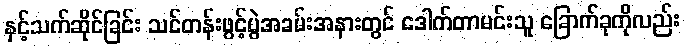
နှင့်သက်ဆိုင်ခြင်း သင်တန်းဖွင့်ပွဲအခမ်းအနားတွင် ဒေါက်တာမင်းသူ ခြောက်ခုကိုလည်း